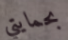
بحمايتي